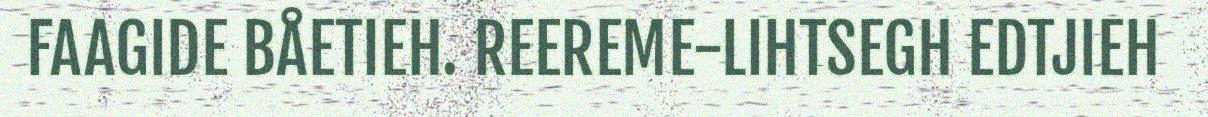
FAAGIDE BÅETIEH. REEREME-LIHTSEGH EDTJIEH